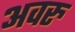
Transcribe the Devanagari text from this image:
अवरु